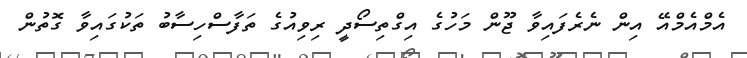
އެމްއެމްއޭ އިން ނެރެފައިވާ ޖޫން މަހުގެ އިގްތިސޯދީ ރިވިއުގެ ތަފާސްހިސާބު ތަކުގައިވާ ގޮތުން